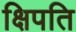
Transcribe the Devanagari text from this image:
क्षिपति